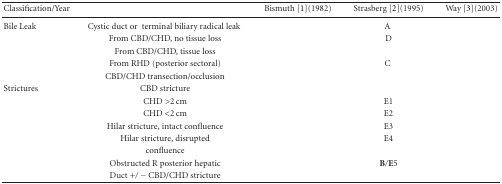
<table><thead><tr><td><b> Classification/Year</b></td><td>[EMPTY_CELL]</td><td><b>Bismuth [1](1982)</b></td><td><b>Strasberg [2](1995)</b></td><td><b>Way [3](2003)</b></td></tr></thead><tbody><tr><td>Bile Leak</td><td>Cystic duct or terminal biliary radical leak </td><td>[EMPTY_CELL]</td><td> A </td><td>[EMPTY_CELL]</td></tr><tr><td>[EMPTY_CELL]</td><td>From CBD/CHD, no tissue loss</td><td>[EMPTY_CELL]</td><td>D</td><td>[EMPTY_CELL]</td></tr><tr><td>[EMPTY_CELL]</td><td>From CBD/CHD, tissue loss</td><td>[EMPTY_CELL]</td><td>[EMPTY_CELL]</td><td>[EMPTY_CELL]</td></tr><tr><td>[EMPTY_CELL]</td><td> From RHD (posterior sectoral)</td><td>[EMPTY_CELL]</td><td> C </td><td>[EMPTY_CELL]</td></tr><tr><td>[EMPTY_CELL]</td><td>CBD/CHD transection/occlusion</td><td>[EMPTY_CELL]</td><td>[EMPTY_CELL]</td><td>[EMPTY_CELL]</td></tr><tr><td>Strictures</td><td>CBD stricture</td><td>[EMPTY_CELL]</td><td>[EMPTY_CELL]</td><td>[EMPTY_CELL]</td></tr><tr><td>[EMPTY_CELL]</td><td>CHD &gt;2 cm</td><td>[EMPTY_CELL]</td><td>E1</td><td>[EMPTY_CELL]</td></tr><tr><td>[EMPTY_CELL]</td><td>CHD &lt;2 cm</td><td>[EMPTY_CELL]</td><td>E2</td><td>[EMPTY_CELL]</td></tr><tr><td>[EMPTY_CELL]</td><td>Hilar stricture, intact confluence</td><td>[EMPTY_CELL]</td><td>E3</td><td>[EMPTY_CELL]</td></tr><tr><td>[EMPTY_CELL]</td><td>Hilar stricture, disrupted </td><td>[EMPTY_CELL]</td><td>E4</td><td>[EMPTY_CELL]</td></tr><tr><td>[EMPTY_CELL]</td><td>confluence</td><td>[EMPTY_CELL]</td><td>[EMPTY_CELL]</td><td>[EMPTY_CELL]</td></tr><tr><td>[EMPTY_CELL]</td><td>Obstructed R posterior hepatic</td><td>[EMPTY_CELL]</td><td><b>B</b>/<b>E</b>5</td><td>[EMPTY_CELL]</td></tr><tr><td>[EMPTY_CELL]</td><td>Duct +/− CBD/CHD stricture</td><td>[EMPTY_CELL]</td><td>[EMPTY_CELL]</td><td>[EMPTY_CELL]</td></tr></tbody></table>